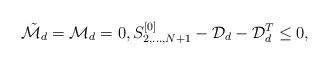
LaTeX: \begin{align*} \tilde{\mathcal M_d}={\mathcal M_d}=0,S_{2,\dots,N+1}^{[0]}-\mathcal D_d-\mathcal D_d^T\le 0,\end{align*}